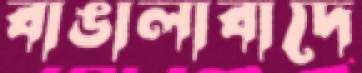
বাঙালাবাদে